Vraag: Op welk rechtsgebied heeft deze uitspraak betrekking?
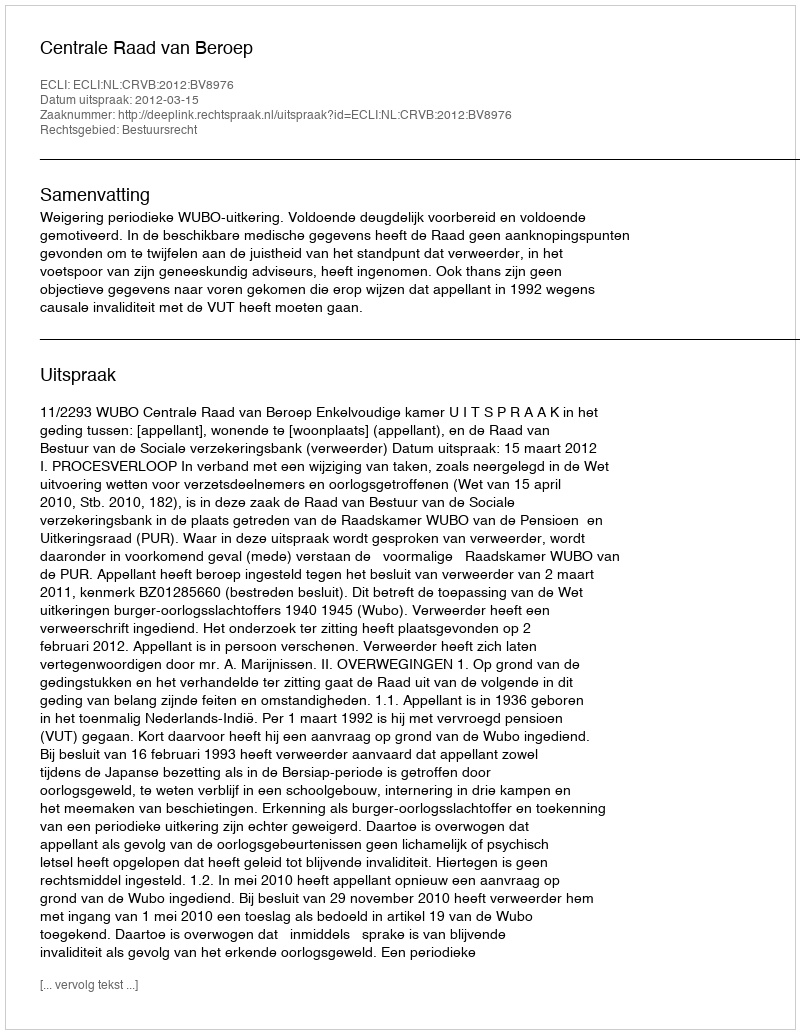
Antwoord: Bestuursrecht